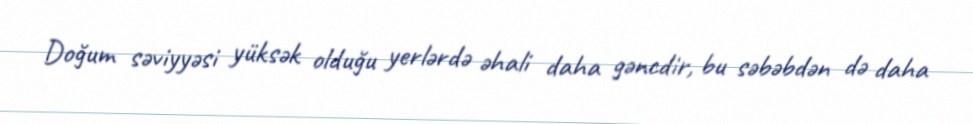
Doğum səviyyəsi yüksək olduğu yerlərdə əhali daha gəncdir, bu səbəbdən də daha